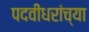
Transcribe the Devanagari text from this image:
पदवीधरांच्या